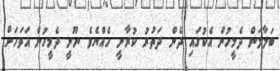
ބަލާލަން ދެމީހުން އެކުގައި ދެން ދަތުރު ކުރާނީ ހެއްޔެވެ ނޫނީ ދެމީހުން އަވަހަށް